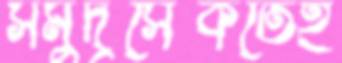
সমুদ্রসৈকতেই